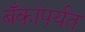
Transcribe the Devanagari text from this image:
बँकांपर्यंत